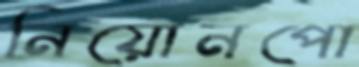
নিয়োনপো